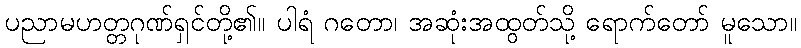
ပညာမဟတ္တဂုဏ်ရှင်တို့၏။ ပါရံ ဂတော၊ အဆုံးအထွတ်သို့ ရောက်တော် မူသော။